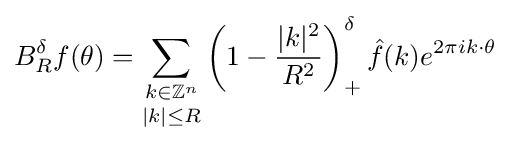
B_{R}^{\delta }f(\theta )={\underset {|k|\leq R}{\sum _{k\in \mathbb {Z} ^{n}}}}\left(1-{\frac {|k|^{2}}{R^{2}}}\right)_{+}^{\delta }{\hat {f}}(k)e^{2\pi ik\cdot \theta }